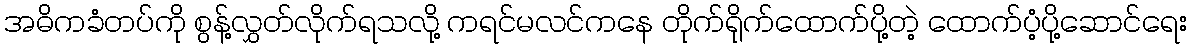
အဓိကခံတပ်ကို စွန့်လွှတ်လိုက်ရသလို့ ကရင်မလင်ကနေ တိုက်ရိုက်ထောက်ပို့တဲ့ ထောက်ပံ့ပို့ဆောင်ရေး